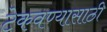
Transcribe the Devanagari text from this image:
टेकवण्यासाठी